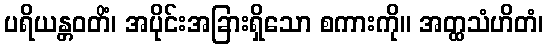
ပရိယန္တဝတိံ၊ အပိုင်းအခြားရှိသော စကားကို။ အတ္ထသံဟိတံ၊